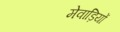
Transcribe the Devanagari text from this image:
मेवाड़ियों